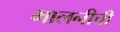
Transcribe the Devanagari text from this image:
मालनीची